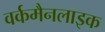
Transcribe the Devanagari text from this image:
वर्कमैनलाइक